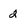
Character: 2